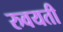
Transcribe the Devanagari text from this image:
रुवयती